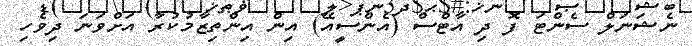
ނެޝަނަލް ސެންޓަ ފޮ ދި އާޓްސް (އެންސީއޭ) އިން އިންތިޒާމުކުރާ އަށްވަނަ ދިވެހި